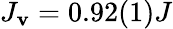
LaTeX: J_{\mathbf{v}}=0.92(1)J